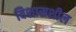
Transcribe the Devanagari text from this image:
विशासशील